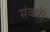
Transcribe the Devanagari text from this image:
संबंधॊ